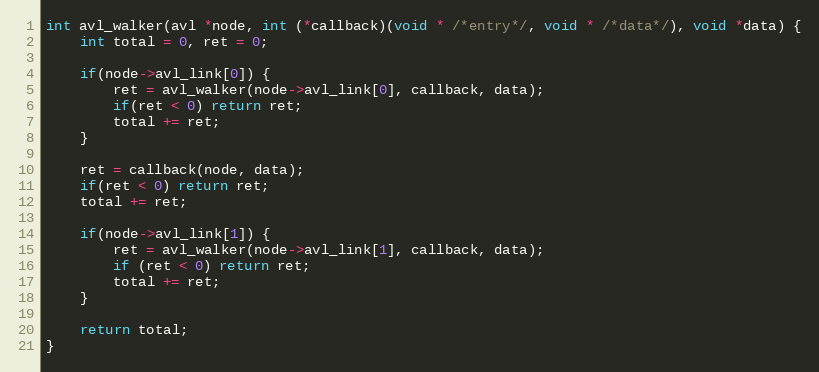
Language: C
int avl_walker(avl *node, int (*callback)(void * /*entry*/, void * /*data*/), void *data) {
    int total = 0, ret = 0;

    if(node->avl_link[0]) {
        ret = avl_walker(node->avl_link[0], callback, data);
        if(ret < 0) return ret;
        total += ret;
    }

    ret = callback(node, data);
    if(ret < 0) return ret;
    total += ret;

    if(node->avl_link[1]) {
        ret = avl_walker(node->avl_link[1], callback, data);
        if (ret < 0) return ret;
        total += ret;
    }

    return total;
}